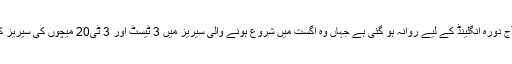
قومی ٹیم آج دورہ انگلینڈ کے لیے روانہ ہو گئی ہے جہاں وہ اگست میں شروع ہونے والی سیریز میں 3 ٹیسٹ اور 3 ٹی20 میچوں کی سیریز کھیلے گی۔